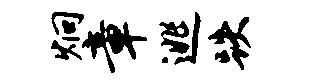
炯章逃跌